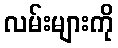
လမ်းများကို